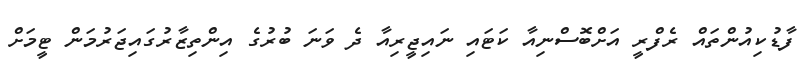
ފާޑުކިއުންތައް ރެފްރީ އަށްބޮސްނިއާ ކަޓައި ނައިޖީރިއާ ދެ ވަނަ ބުރުގެ އިންތިޒާރުގައިޖަރުމަން ޓީމަށް